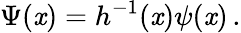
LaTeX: \Psi(\mathit{x})=h^{-1}(\mathit{x})\psi(\mathit{x})\, .